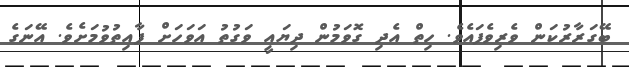
ބޭގަރާރުކަން ވެރިވެފައެވެ. ހިތް އެދި ގޮވަމުން ދިޔައީ ވަގުތު އަވަހަށް ފާއިތުވުމަށެވެ. އޭނަގެ